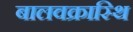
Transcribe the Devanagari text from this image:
बालवक्रास्थि